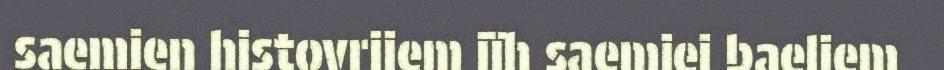
saemien histovrijem jïh saemiej baeliem